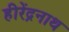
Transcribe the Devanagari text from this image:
हीरेंद्रनाथ